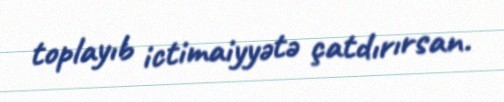
toplayıb ictimaiyyətə çatdırırsan.